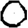
Digit: 0